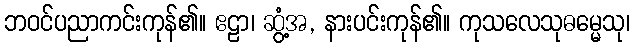
ဘဝင်ပညာကင်းကုန်၏။ ဧဠာ၊ ဆွံ့အ, နားပင်းကုန်၏။ ကုသလေသုဓမ္မေသု၊